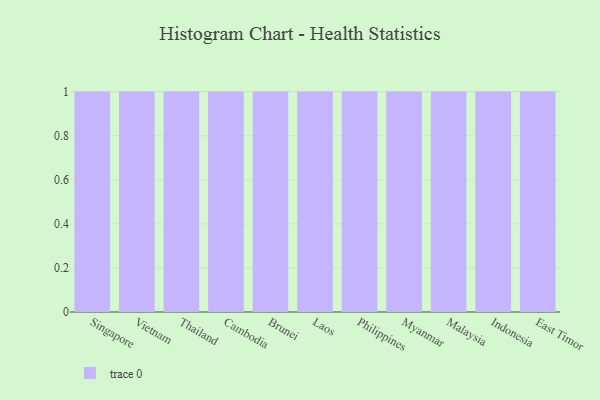
{"axis": {"x": "Country", "y": "Latency (ms)"}, "legend": [""], "data": [{"x": "Singapore", "y": 38, "type": ""}, {"x": "Vietnam", "y": 86, "type": ""}, {"x": "Thailand", "y": 60, "type": ""}, {"x": "Cambodia", "y": 31, "type": ""}, {"x": "Brunei", "y": 20, "type": ""}, {"x": "Laos", "y": 55, "type": ""}, {"x": "Philippines", "y": 70, "type": ""}, {"x": "Myanmar", "y": 55, "type": ""}, {"x": "Malaysia", "y": 62, "type": ""}, {"x": "Indonesia", "y": 92, "type": ""}, {"x": "East Timor", "y": 84, "type": ""}]}